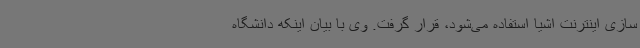
سازی اینترنت اشیا استفاده می‌شود، قرار گرفت. وی با بیان اینکه دانشگاه